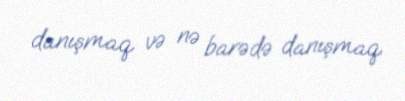
danışmaq və nə barədə danışmaq.